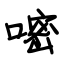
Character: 嘧